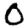
Digit: 0